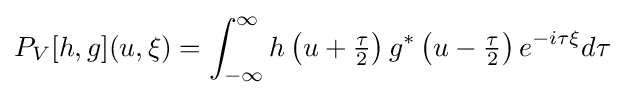
P_{V}[h,g](u,\xi )=\int _{-\infty }^{\infty }h\left(u+{\tfrac {\tau }{2}}\right)g^{*}\left(u-{\tfrac {\tau }{2}}\right)e^{-i\tau \xi }d\tau